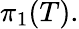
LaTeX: \pi_{1}(T).